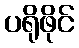
ပရိုဖိုင်